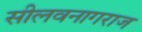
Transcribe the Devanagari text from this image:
सीलवनागराज